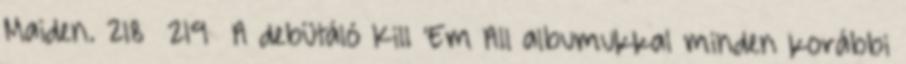
Maiden. 218 219 A debütáló Kill ’Em All albumukkal minden korábbi